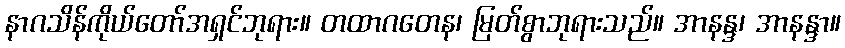
နာဂသိန်ကိုယ်တော်အရှင်ဘုရား။ တထာဂတေန၊ မြတ်စွာဘုရားသည်။ အာနန္ဒ၊ အာနန္ဒာ။